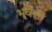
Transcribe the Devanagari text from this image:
भूवेत्ता